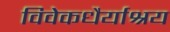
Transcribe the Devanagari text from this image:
विवेकधैर्याश्रय